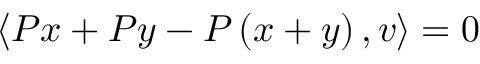
\langle P x + P y - P \left( x + y \right) , v \rangle = 0